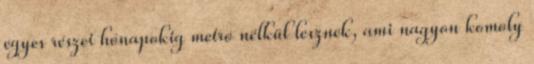
egyes részei hónapokig metró nélkül lesznek, ami nagyon komoly